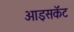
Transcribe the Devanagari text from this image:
आइसकॅट